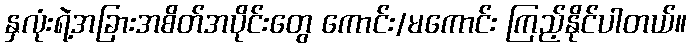
နှလုံးရဲ့အခြားအစိတ်အပိုင်းတွေ ကောင်း/မကောင်း ကြည့်နိုင်ပါတယ်။